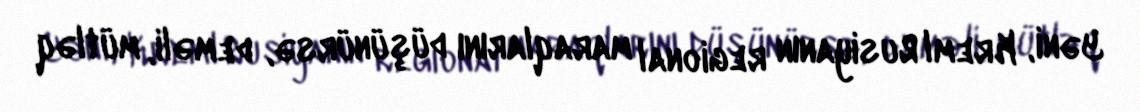
Yəni, Kreml Rusiyanın regional maraqlarını düşünürsə, deməli, mütləq